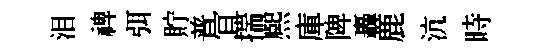
泪禆弭貯普冝揣熈庫陴轟鹿沆時